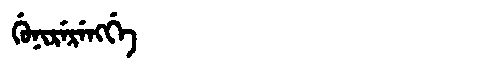
Manchu: ᡤᡠᠨᡳᡵᡝᡵᡝᠩᡤᡝ
Romanization: GUNIRERENGGE